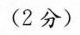
(2分)